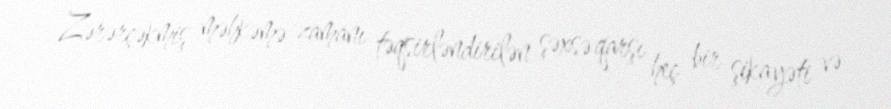
Zərərçəkmiş məhkəmə zamanı təqsirləndirilən şəxsə qarşı heç bir şikayəti və